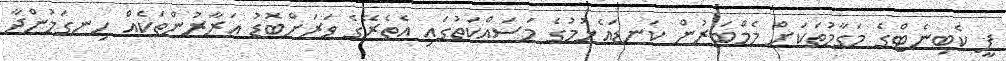
ޕީ ކެބިނެޓްގެ މަގާމުތަކަށް މެމްބަރުން ކަނޑައެޅުމުގެ މަސައްކަތުގައި އެތެރޭގެ ވަރަށްބޮޑު އަރާރުންތަކެއް ހިނގަމުންދާ